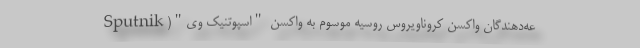
عه‌دهندگان واکسن کروناویروس روسیه موسوم به واکسن "اسپوتنیک وی"(Sputnik